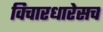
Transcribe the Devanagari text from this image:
विचारधारेसच